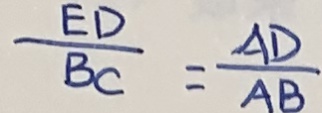
\frac { E D } { B C } = \frac { A D } { A B }